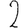
Digit: 2